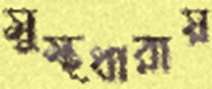
সুস্থধারায়